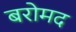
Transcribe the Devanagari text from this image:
बरोमद